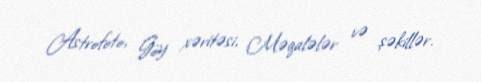
Astrofoto, Göy xəritəsi, Məqalələr və şəkillər.